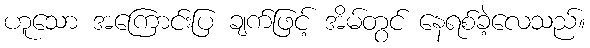
ဟူသော အကြောင်းပြ ချက်ဖြင့် အိမ်တွင် နေရစ်ခဲ့လေသည်။